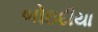
બોઇદીયા